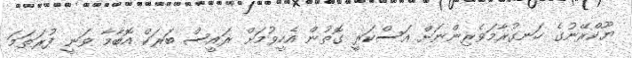
ޔޫކްރޭނުގެ ހަނގުރާމަވެރިންނަށް އަސްކަރީ ގޮތުން އެހީވުމަށް ރައީސް ބަރަކް އޮބާމާ ވަނީ ފުރަތަމަ